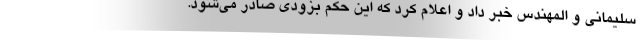
سلیمانی و المهندس خبر داد و اعلام کرد که این حکم بزودی صادر می‌شود.